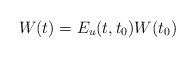
LaTeX: \begin{align*}W(t)=E_u(t,t_0)W(t_0)\end{align*}